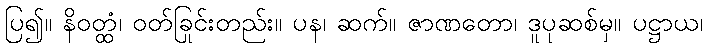
ပြ၍။ နိဝတ္ထံ၊ ဝတ်ခြင်းတည်း။ ပန၊ ဆက်။ ဇာဏုတော၊ ဒူပုဆစ်မှ။ ပဋ္ဌာယ၊